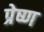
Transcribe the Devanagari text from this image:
प्रेष्ण